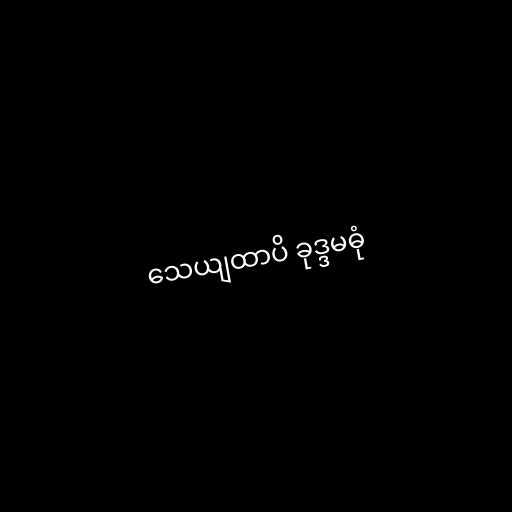
သေယျထာပိ ခုဒ္ဒမဓုံ